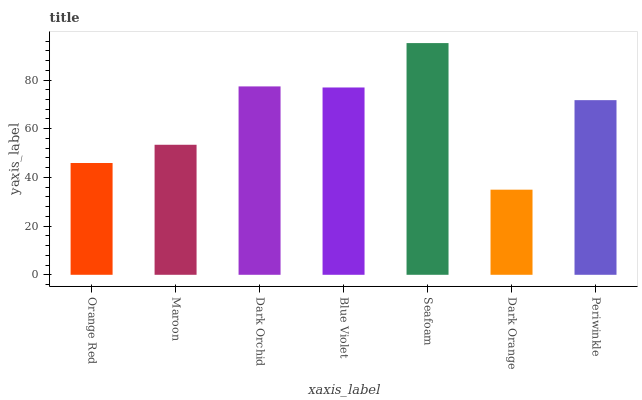
| xaxis_label | bars |
 | --- | --- |
 | Orange Red | 45.9 |
 | Maroon | 53.4 |
 | Dark Orchid | 77.4 |
 | Blue Violet | 76.9 |
 | Seafoam | 95.2 |
 | Dark Orange | 35 |
 | Periwinkle | 71.7 |